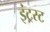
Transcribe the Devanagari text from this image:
इंट्रस्ट